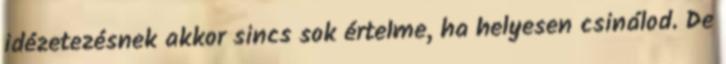
idézetezésnek akkor sincs sok értelme, ha helyesen csinálod. De